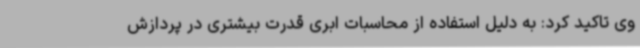
وی تاکید کرد: به دلیل استفاده از محاسبات ابری قدرت بیشتری در پردازش